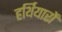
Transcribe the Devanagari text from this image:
हर्थियारों